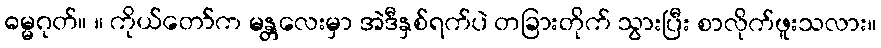
ဓမ္မဂုတ်။ ။ ကိုယ်တော်က မန္တလေးမှာ အဲဒီနှစ်ရက်ပဲ တခြားတိုက် သွားပြီး စာလိုက်ဖူးသလား။